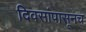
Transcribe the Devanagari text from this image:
दिवसांपासूनच